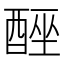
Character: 𮠮